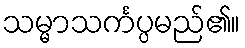
သမ္မာသင်္ကပ္ပမည်၏။